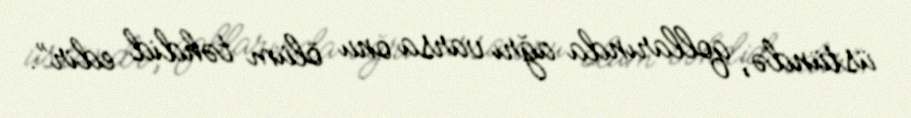
üstündə, qollarında ağrı varsa onu ölüm təhdid edir”.